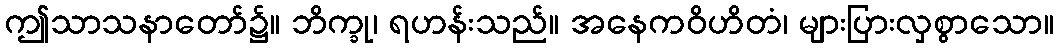
ဤသာသနာတော်၌။ ဘိက္ခု၊ ရဟန်းသည်။ အနေကဝိဟိတံ၊ များပြားလှစွာသော။